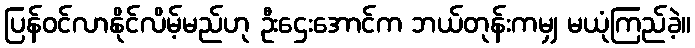
ပြန်ဝင်လာနိုင်လိမ့်မည်ဟု ဦးဌေးအောင်က ဘယ်တုန်းကမျှ မယုံကြည်ခဲ့။